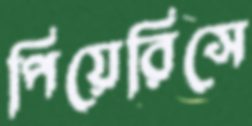
পিয়েরিসে